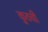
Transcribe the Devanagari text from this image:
कुठची